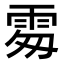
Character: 𩂜